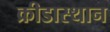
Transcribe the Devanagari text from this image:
क्रीडास्थान